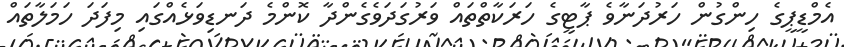
އެމްޑީޕީގެ ހިންގުން ހަރުދަނާވެ ޕާޓީގެ ހަރަކާތްތައް ވަރުގަދަވެގެންދާ ކޮންމެ ދަނޑިވަޅެއްގައި މިފަދަ ހަމަލާތައް